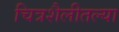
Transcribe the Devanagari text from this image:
चित्रशैलीतल्या